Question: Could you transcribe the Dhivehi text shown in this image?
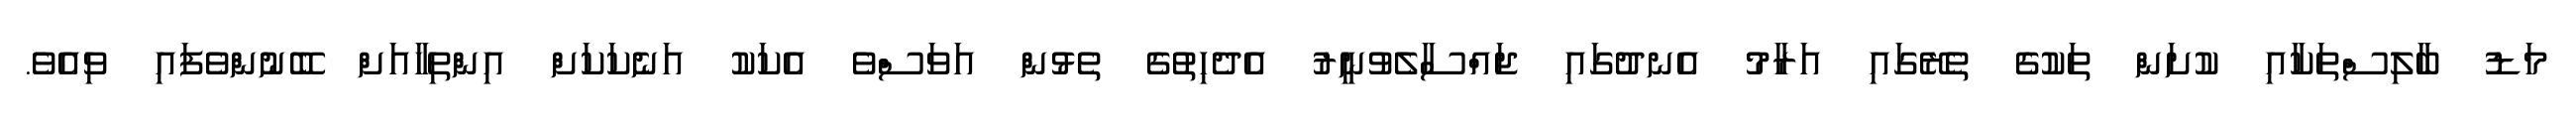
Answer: މަޑު ބާލިސްތަކާއި ކުށަން ތަކުގެ ތެރޭގައި އަރާމު އެނދުގައި ޖައްސާލެވުނީރު އެދެހިތުގެ ތެޅުން އަވަސްވެ އެކަކު އަނެކަކަށް އިންތިހާއަށް ބޭނުންވެފައި ވިއެވެ.